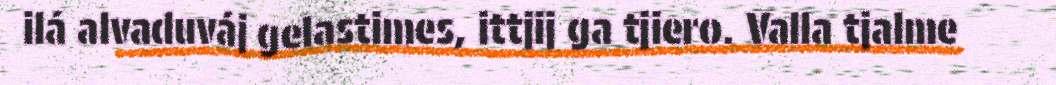
ilá alvaduváj gelastimes, ittjij ga tjiero. Valla tjalme